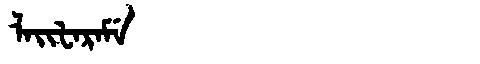
Manchu: ᠯᠠᡳᡶᠠᡵᠠᠮᡝ
Romanization: LAIFARAME